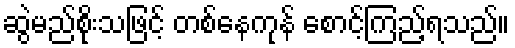
ဆွဲမည်စိုးသဖြင့် တစ်နေကုန် စောင့်ကြည့်ရသည်။